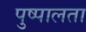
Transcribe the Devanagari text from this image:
पुष्पालता